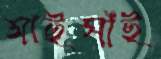
সাঁইসাঁই